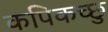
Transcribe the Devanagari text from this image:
कपिकच्छु